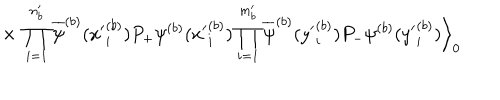
LaTeX: \times \; \prod _ { i = 1 } ^ { n _ { b } ^ { \prime } } \overline { { { \psi } } } ^ { ( b ) } ( { x ^ { \prime } } _ { i } ^ { ( b ) } ) P _ { + } \psi ^ { ( b ) } ( { x ^ { \prime } } _ { i } ^ { ( b ) } ) \prod _ { i = 1 } ^ { m _ { b } ^ { \prime } } \overline { { { \psi } } } ^ { ( b ) } ( { y ^ { \prime } } _ { i } ^ { ( b ) } ) P _ { - } \psi ^ { ( b ) } ( { y ^ { \prime } } _ { i } ^ { ( b ) } ) \Big \rangle _ { 0 }